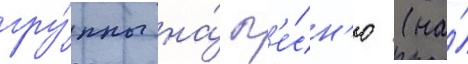
гру́ппы на́ п'е́сн'ю (на́